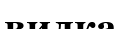
вилка